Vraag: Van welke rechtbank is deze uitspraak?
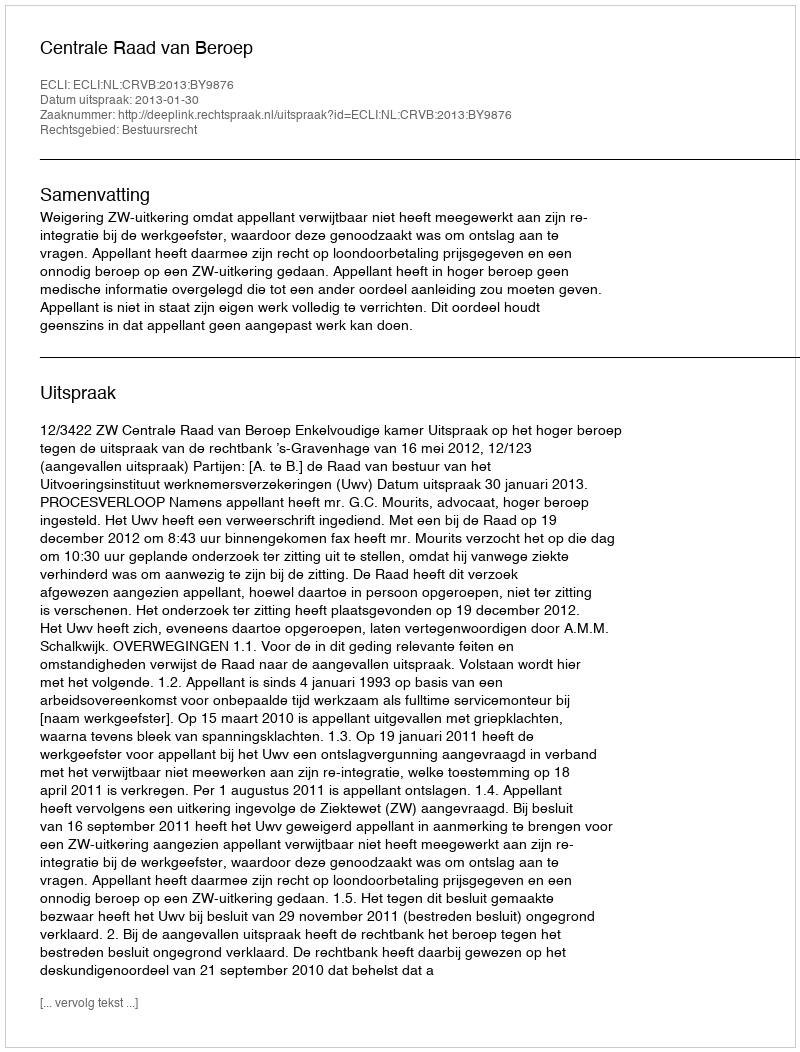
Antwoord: Centrale Raad van Beroep